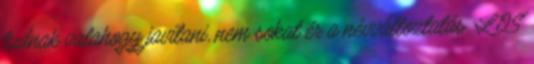
tudnak valahogy javítani, nem sokat ér a névváltoztatás. LOS